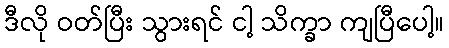
ဒီလို ဝတ်ပြီး သွားရင် ငါ့ သိက္ခာ ကျပြီပေါ့။